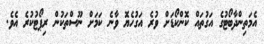
އެމަތިންދާބޯޓުގެ އަގުތައް ކޮންކޯޑަށް ވުރެ އަގުހެޔޮ ވާނެ ކަމަށް ނޫސްތަކުން ރިޕޯޓުކުރެ އެވެ.